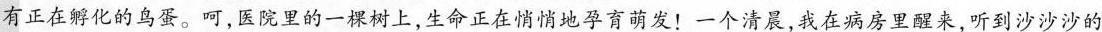
有正在孵化的鸟蛋。呵，院里的一棵树上，生命正在悄悄地孕发！一个清晨，我在病房里醒来，听到沙沙沙的